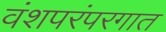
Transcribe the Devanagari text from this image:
वंशपरंपरगात